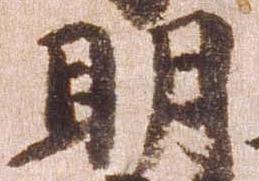
明